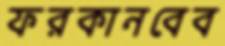
ফরকানবেব